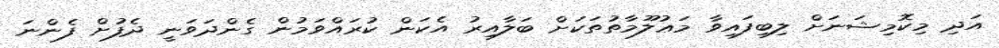
އަދި މިކޮމިޝަނަށް ލިބިފައިވާ މަޢުލޫމާތުތަކަށް ބަލާއިރު އެކަން ކުރައްވަމުން ގެންދަވަނީ ދެފުށް ފެންނަ